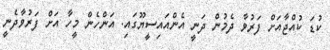
ކުޑަ ކުއްޖާއަށް ފަރުވާ ދެމުން ދަނީ އެންއައިސީޔޫގައި. އަންހެން މީހާ އަށް ފަރުވާދެނީ